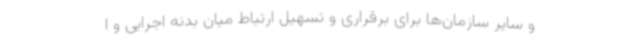
و سایر سازمان‌ها برای برقراری و تسهیل ارتباط میان بدنه اجرایی و ا